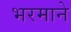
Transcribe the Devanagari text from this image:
भरमाने